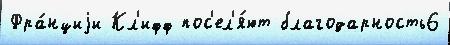
Фра́нциjи Кл'ифф пос'ел'я́ют благодарность6